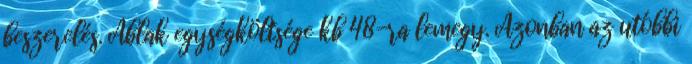
beszerelés. Ablak egységköltsége kb 48-ra lemegy. Azonban az utóbbi